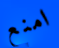
امنع